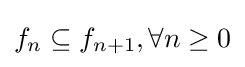
f_{n}\subseteq f_{n+1},\forall n\geq 0